Report of the veterinary officer investigating camel disease
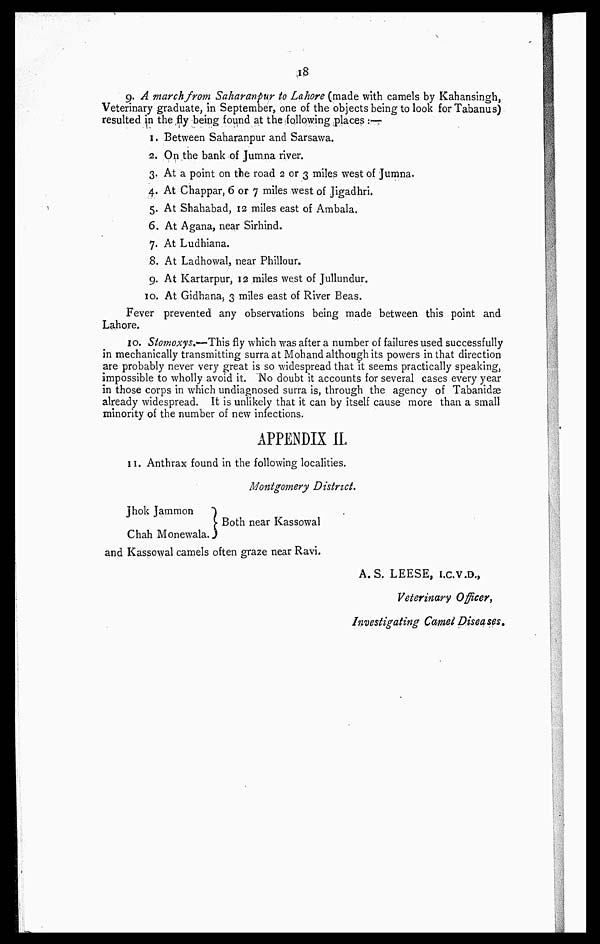
18
9. A march from Saharanpur to Lahore (made with camels by Kahansingh,
Veterinary graduate, in September, one of the objects being to IOOK forTabanus)
resulted in the fly being found at the following places :—
1. Between Saharanpur and Sarsawa.
2. On the bank of Jumna river.
3. At a point on the road 2 or 3 miles west of Jumna.
4. At Chappar, 6 or 7 miles west of Jigadhri.
5. At Shahabad, 12 miles east of Ambala.
6. At Agana, near Sirhind.
7. At Ludhiana.
8. At Ladhowal, near Phillour.
9. At Kartarpur, 12 miles west of Jullundur.
10. At Gidhana, 3 miles east of River Beas.
Fever prevented any observations being made between this point and
Lahore.
10. Stomoxys.— This fly which was after a number of failures used successfully
in mechanically transmitting surra at Mohand although its powers in that direction
are probably never very great is so widespread that it seems practically speaking,
impossible to wholly avoid it. No doubt it accounts for several cases every year
in those corps in which undiagnosed surra is, through the agency of Tabanidae
already widespread. It is unlikely that it can by itself cause more than a small
minority of the number of new infections.
APPENDIX II
11. Anthrax found in the following localities.
Montgomery District.
Jhok Jamnion }Both near Kassowal
Chah Monewala.
and Kassowal camels often graze near Ravi.
A.S. LEESE, I.C.V.D.,
Veterinary Officer